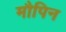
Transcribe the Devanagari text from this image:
मौपिन